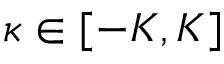
\kappa \in [ - K , K ]